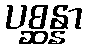
ပစ္ဆန္နာ